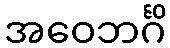
အဝေဘင်္ဂိ